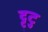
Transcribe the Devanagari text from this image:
ट्ट्टु